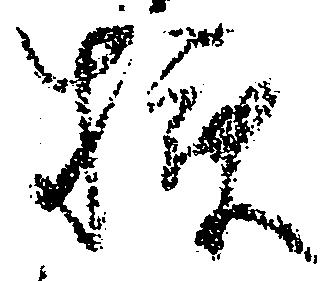
様